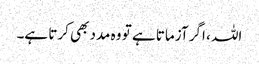
اللہ ، اگر آزماتا ہے تو وہ مدد بھی کرتا ہے۔